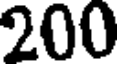
200